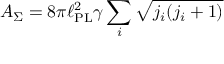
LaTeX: A _ { \Sigma } = 8 \pi \ell _ { \mathrm { P L } } ^ { 2 } \gamma \sum _ { i } { \sqrt { j _ { i } ( j _ { i } + 1 ) } }